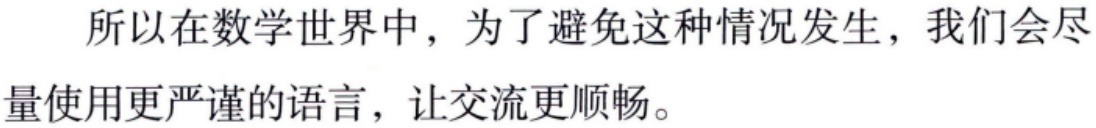
所以在数学世界中，为了避免这种情况发生，我们会尽量使用更严谨的语言，让交流更顺畅。